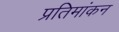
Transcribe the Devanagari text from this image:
प्रतिमांकन